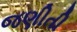
જણીતી